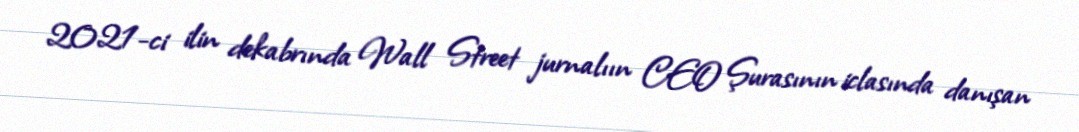
2021-ci ilin dekabrında Wall Street jurnalıın CEO Şurasının iclasında danışan